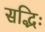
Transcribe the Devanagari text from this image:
सद्भिः